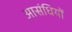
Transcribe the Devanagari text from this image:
आसंधियों